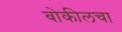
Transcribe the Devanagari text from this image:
बोकीलचा